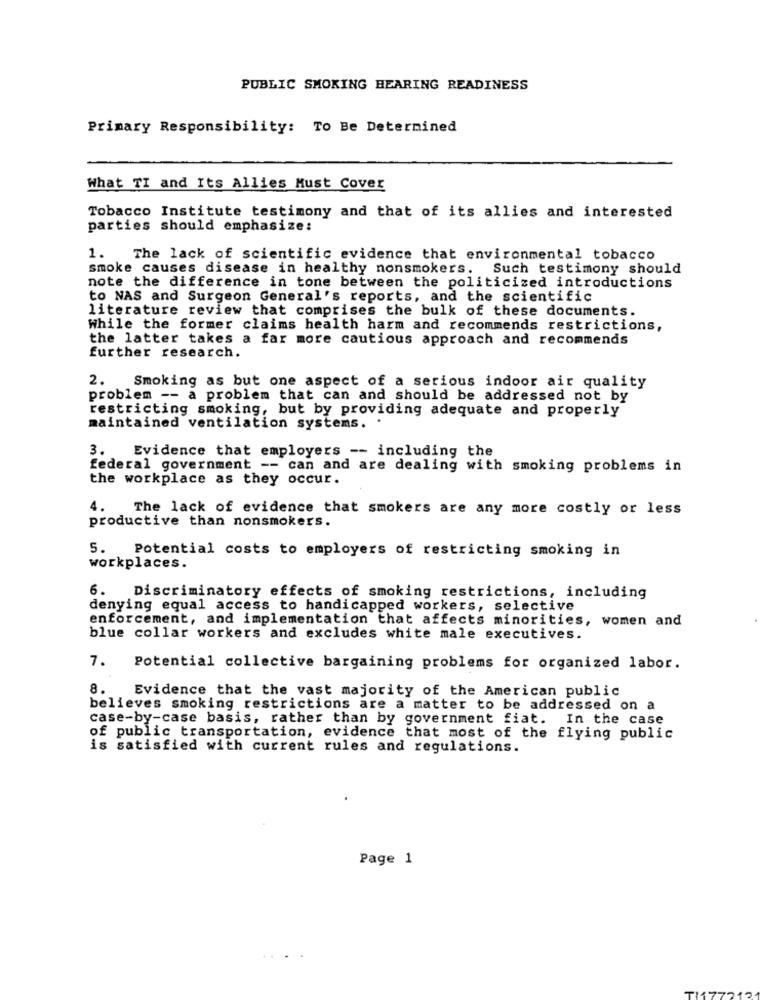
PUBLIC SMOKING HEARING READINESS
Primary Responsibility: To Be Determined
What TI and Its Allies Must Cover
Tobacco Institute testimony and that of its allies and interested
parties should emphasize:
1. The lack of scientific evidence that environmental tobacco
smoke causes disease in healthy nonsmokers. Such testimony should
note the difference in tone between the politicized introductions
to NAS and Surgeon General's reports, and the scientific
literature review that comprises the bulk of these documents.
While the former claims health harm and recommends restrictions,
the latter takes a far more cautious approach and recommends
further research.
2.
Smoking as but one aspect of a serious indoor air quality
problem -- a problem that can and should be addressed not by
restricting smoking, but by providing adequate and properly
maintained ventilation systems.
Evidence that employers -- including the
3.
federal government -- can and are dealing with smoking problems in
the workplace as they occur.
4.
The lack of evidence that smokers are any more costly or less
productive than nonsmokers.
5. Potential costs to employers of restricting smoking in
workplaces.
6. Discriminatory effects of smoking restrictions, including
denying equal access to handicapped workers, selective
enforcement, and implementation that affects minorities, women and
blue collar workers and excludes white male executives.
7.
Potential collective bargaining problems for organized labor.
8.
Evidence that the vast majority of the American public
believes smoking restrictions are a matter to be addressed on a
case-by-case basis, rather than by government fiat. In the case
of public transportation, evidence that most of the flying public
is satisfied with current rules and regulations.
Page 1